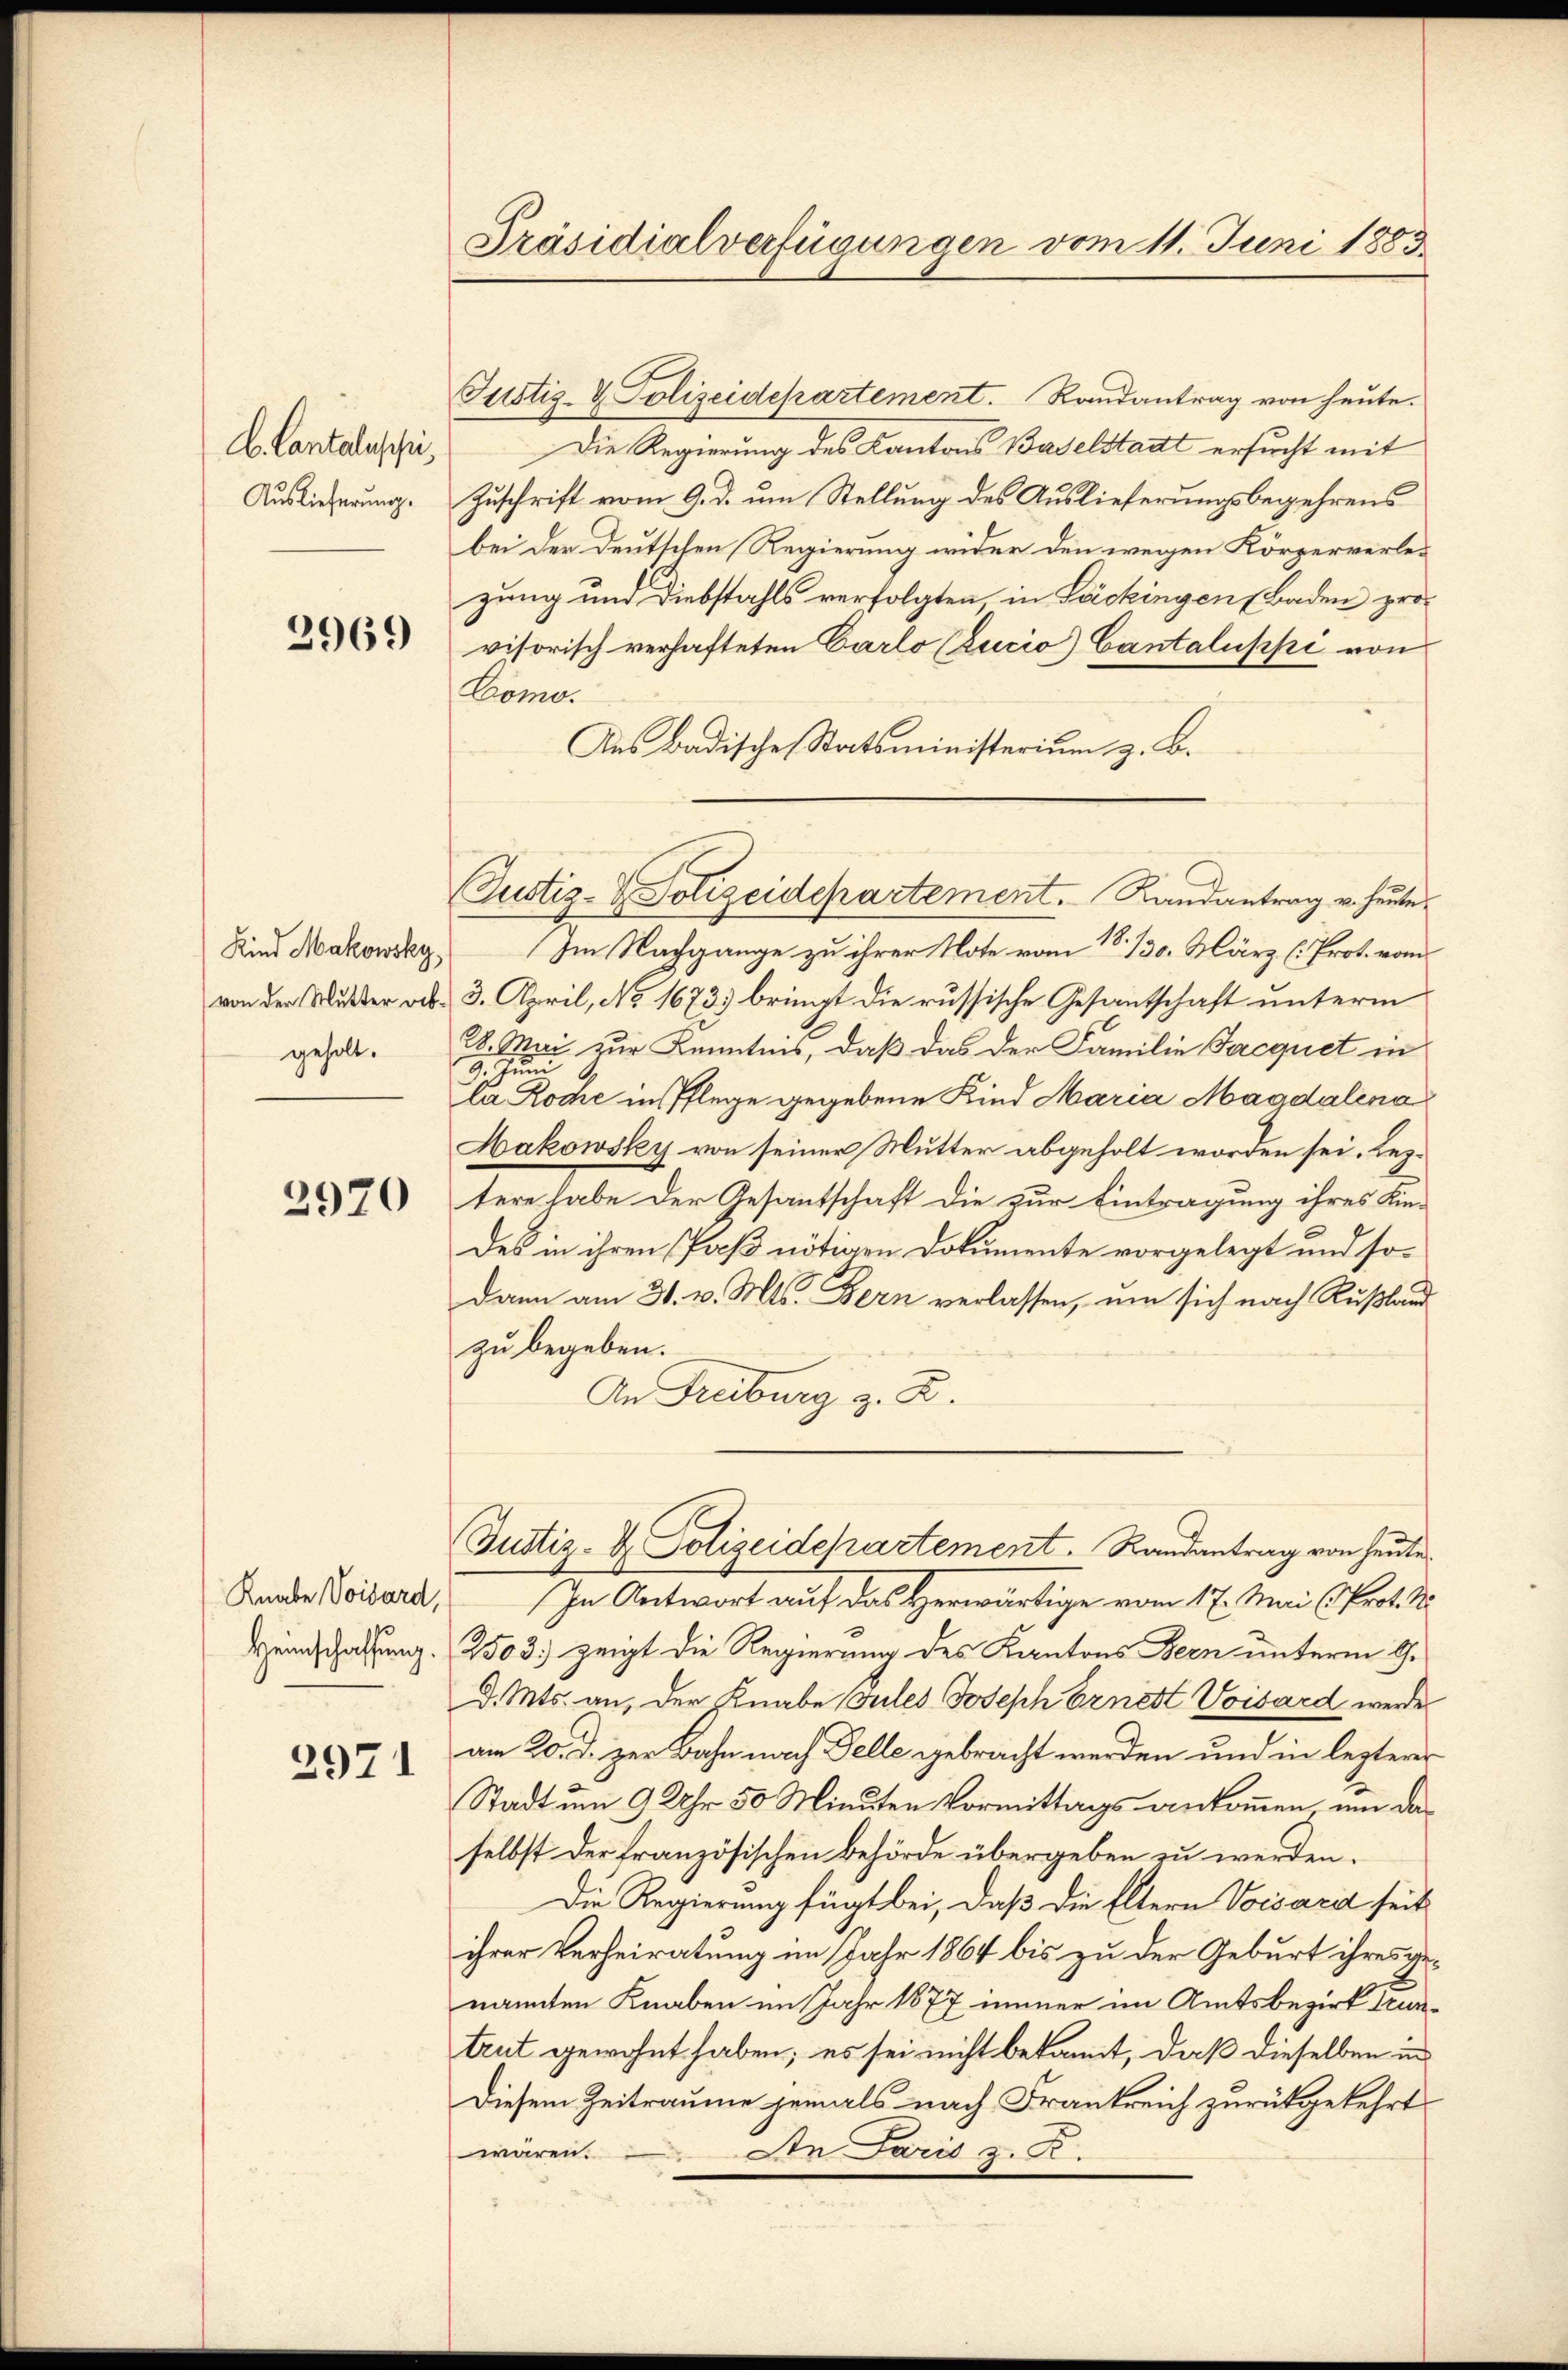
b. Cantaleschi,
Auslieferung.

2969

Kind Makowsky,
von der Mutter abgeholt.

2920

Knabe Voisard,
Heimschaffung.

2971

Präsidialverfügungen vom 11. Juni 1883

Justiz- & Polizeidepartement. Randantrag von heute.
Die Regierung des Kantons Baselstadtt ersucht mit
Zuschrift vom 9. d. um Stellung des Auslieferungsbegehrens
bei der Deutschen Regierung wider den wegen Körperverlezung und Diebstahls verfolgten, in Säckingen (Baden provisorisch verhafteten Carlo (Zucio) Cantaluppi von
Como.
Aus Badische Statsministerium z. B.
Im Nachgange zu ihrer Note vom 18. 130. März (Prot. vom
3. April, No 1673) bringt die russische Gesantschaft unterm
28. Mai zur Kenntnis, daß das der Familie Jacquet in
9. Juni
la Rome in Pflege gegebene Kind Maria Magdalena
Makowsky von seiner Mutter abgeholt worden sei. Leztere habe der Gesantschaft die zur Eintragung ihres Kin-
des in ihren Paß nötigen Dokumente vorgelegt und sodann am 31. v. Mts. Bern verlassen, um sich nach Rußland
zu begeben.
An Freiburg z. B.
(Justiz- & Polizeidepartement. Randantrag von heute.
In Antwort auf das Herwärtige vom 17. Mai (Prot. N
2503) zeigt die Regierung des Kantons Bern unterm G.
d. Mts. an, der Knabe Gutes Joseph Arnett Voisard werde
am 20. d. zur Bahn nach Felle gebracht werden und in lezterer
Stadt um 9 Uhr 50 Minuten Vormittags ankommen um das
selbst der französischen Behörde übergeben zu werden.
Die Regierung fügt bei, daß die Eltern Voisard seit
ihrer Verheiratung im Jahr 1864 bis zu der Geburt ihres ge-
nannten Knaben im Jahr 1877 immer im Amtsbezirk truntrut gewohnt haben; es sei nicht bekannt, daß dieselben in
Diesem Zeitraume jemals nach Frankreich zurückgekehrt
An Paris z. R.
wären.
.

(Justiz- & Polizeidepartement. Randantrag u. heute